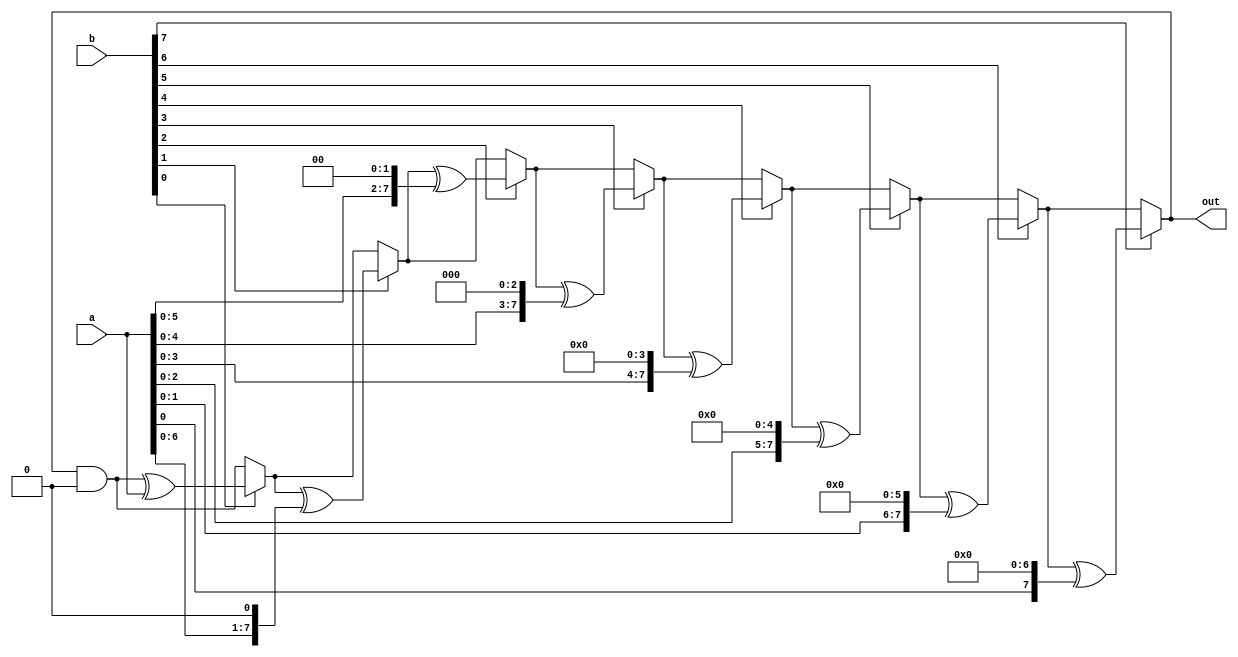
module multi_full_v1(a,b,out);

input wire [7:0]a;
input wire [7:0]b;
output [7:0]out;

wire [7:0]p;

reg [7:0]a1,b1,p1;




always @(a or b)
begin


 a1=a;
 b1=b;

p1 = p1 & 8'h00;

repeat(8)
begin
	if (b1[0]) p1 = p1^a1;
	a1 = a1 << 1;
	if (a1[0]) a1 = a1^8'h1b;
	b1 =b1 >> 1;
end

end


assign out = p1;

endmodule